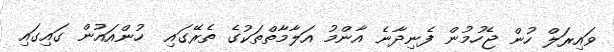
ވައިރަލް ހުން ޖެހުމުން ފެނިދާނެ އާންމު އަލާމާތްތަކުގެ ތެރޭގައި  ހުންއައުން ގައިގައި